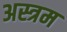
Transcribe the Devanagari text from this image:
अस्त्रम